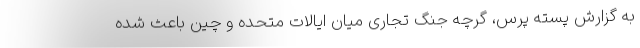
به گزارش پسته پرس، گرچه جنگ تجاری میان ایالات متحده و چین باعث شده